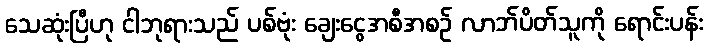
သေဆုံးပြီဟု ငါဘုရားသည် ပစ်ဗုံး ချေးငွေအစီအစဉ် လာဘ်ပိတ်သူကို ရောင်းပန်း